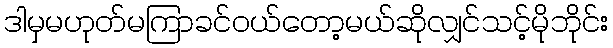
ဒါမှမဟုတ်မကြာခင်ဝယ်တော့မယ်ဆိုလျှင်သင့်မိုဘိုင်း